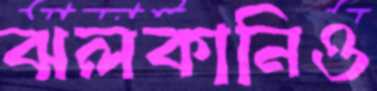
ঝলকানিও